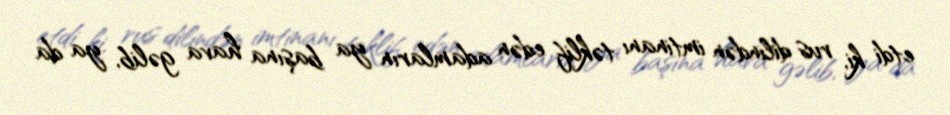
etdi ki, rus dilindən imtinanı təklif edən adamların ya başına hava gəlib, ya da